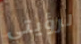
لرؤيتي